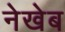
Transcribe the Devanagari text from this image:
नेखेब